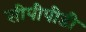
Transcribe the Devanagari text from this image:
सीपीपीडी